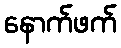
နောက်ဖက်